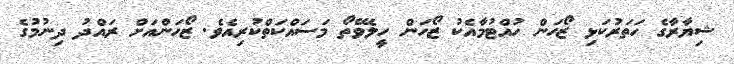
ޝިޔާރާގެ ހަތަރުކަޅި ޒޯހަން ހުއްޓުމާއެކު ޒޯހަން ހީލެވޭތޯ މަސައްކަތްކުރިއެވެ. ޒޯހަންެއަށް ރައްދު ދިނުމުގެ